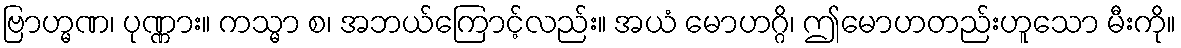
ဗြာဟ္မဏ၊ ပုဏ္ဏား။ ကသ္မာ စ၊ အဘယ်ကြောင့်လည်း။ အယံ မောဟဂ္ဂိ၊ ဤမောဟတည်းဟူသော မီးကို။